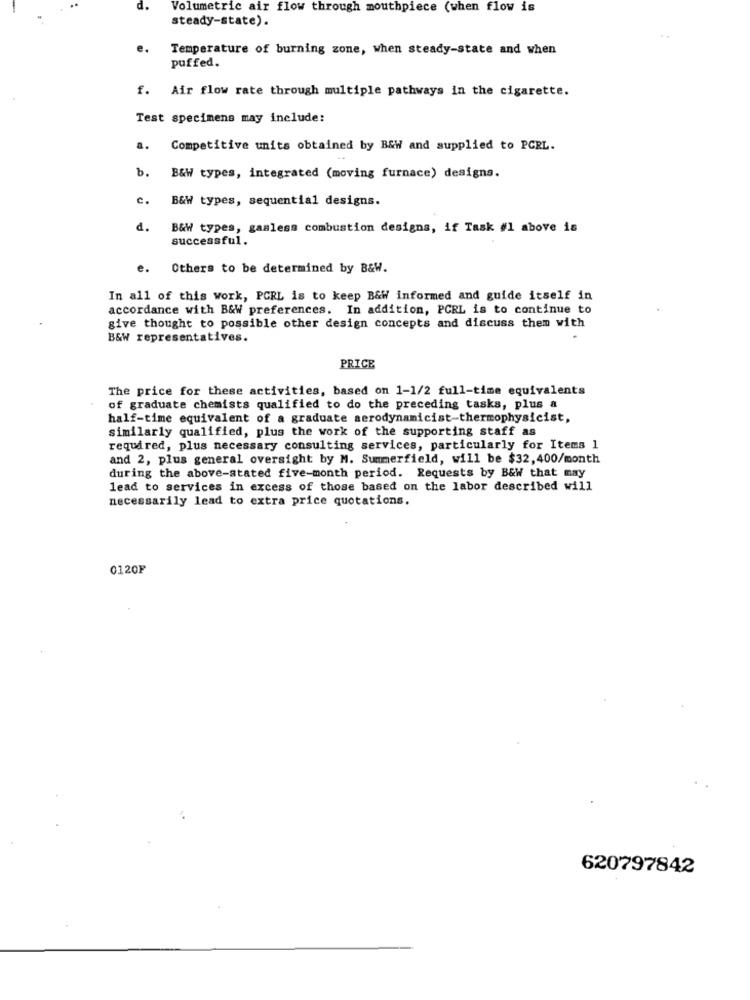
d.
Volumetric air flow through mouthpiece (when flow is
steady-state).
e.
Temperature of burning zone, when steady-state and when
puffed.
f. Air flow rate through multiple pathways in the cigarette.
Test specimens may include:
a.
Competitive units obtained by B&W and supplied to PCRL.
b.
B&W types, integrated (moving furnace) designa.
C. B&W types, sequential designs.
d.
B&W types, gasless combustion designs, if Task #1 above is
successful.
e. Others to be determined by B&W.
In all of this work, PCRL is to keep B&W informed and guide itself in
accordance with B&W preferences. In addition, PCRL is to continue to
give thought to possible other design concepts and discuss them with
B&W representatives.
PRICE
The price for these activities, based on 1-1/2 full-time equivalents
of graduate chemists qualified to do the preceding tasks, plus a
half-time equivalent of a graduate aerodynamicist-thermophysicist,
similarly qualified, plus the work of the supporting staff as
required, plus necessary consulting services, particularly for Items 1
and 2, plus general oversight by M. Summerfield, will be $32, 400/month
during the above-stated five-month period. Requests by B&W that may
lead to services in excess of those based on the labor described will
necessarily lead to extra price quotations.
0120F
620797842